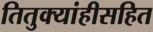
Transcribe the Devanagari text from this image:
तितुक्यांहीसहित